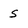
Character: s